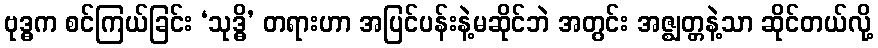
ဗုဒ္ဓက စင်ကြယ်ခြင်း ‘သုဒ္ဓိ’ တရားဟာ အပြင်ပန်းနဲ့မဆိုင်ဘဲ အတွင်း အဇ္ဈတ္တနဲ့သာ ဆိုင်တယ်လို့